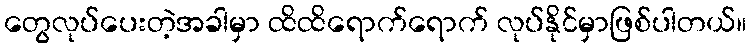
တွေလုပ်ပေးတဲ့အခါမှာ ထိထိရောက်ရောက် လုပ်နိုင်မှာဖြစ်ပါတယ်။